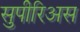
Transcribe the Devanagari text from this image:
सुपीरिअस